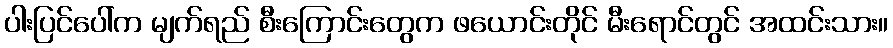
ပါးပြင်ပေါ်က မျက်ရည် စီးကြောင်းတွေက ဖယောင်းတိုင် မီးရောင်တွင် အထင်းသား။